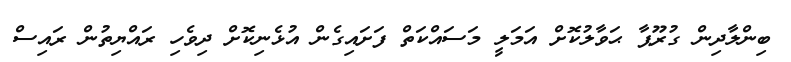
ބިންލާދިން ގުރޫޕާ ޙަވާލުކޮށް އަމަލީ މަސައްކަތް ފަށައިގެން އުޅެނިކޮށް ދިވެހި ރައްޔިތުން ރައިސް